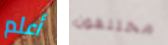
أعلم مختلفون